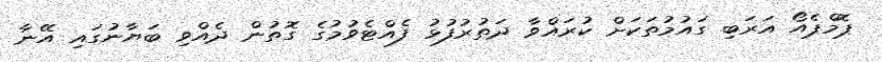
ޕޮމްޕެއޯ އަރަބި ގައުމުތަކަށް ކުރައްވާ ދަތުރުފުޅު ފެއްޓެވުމުގެ ގޮތުން ދެއްވި ބަޔާނުގައި އޭނާ